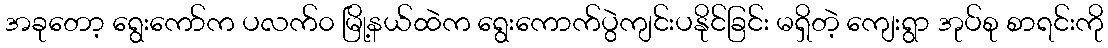
အခုတော့ ရွေးကော်က ပလက်၀ မြို့နယ်ထဲက ရွေးကောက်ပွဲကျင်းပနိုင်ခြင်း မရှိတဲ့ ကျေးရွာ အုပ်စု စာရင်းကို